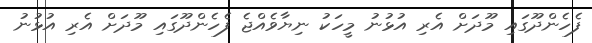
ފެހެންދޫގައި މޫދަށް އެރި އުޅުނު މީހަކު ނިޔާވެއްޖެ ފެހެންދޫގައި މޫދަށް އެރި އުޅުނު